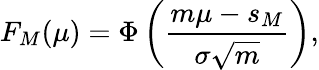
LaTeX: F_{M}(\mu)=\Phi\left({\frac{m\mu-s_{M}}{\sigma{\sqrt{m}}}}\right),